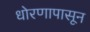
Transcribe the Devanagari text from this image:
धोरणापासून